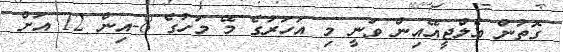
ގޮތުން އެލްޖީއޭއިން ވަނީ މި އަހަރުގެ މޭ މަހުގެ 8-އިން 12 އަށް